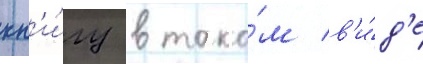
кн'и́гу в тако́м в'и́д'е